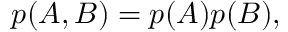
p ( A , B ) = p ( A ) p ( B ) ,